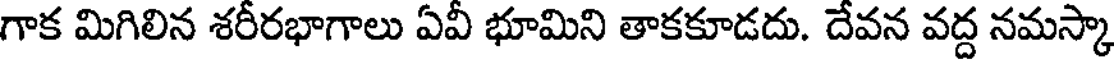
గాక మిగిలిన శరీరభాగాలు ఏవీ భూమిని తాకకూడదు. దేవన వద్ద నమస్కా